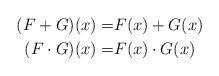
LaTeX: \begin{align*}(F+G)(x)= & F(x)+G(x)\\(F\cdot G)(x)= & F(x)\cdot G(x)\end{align*}